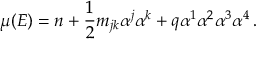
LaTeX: \mu ( E ) = n + \frac { 1 } { 2 } m _ { j k } \alpha ^ { j } \alpha ^ { k } + q \alpha ^ { 1 } \alpha ^ { 2 } \alpha ^ { 3 } \alpha ^ { 4 } \, .